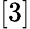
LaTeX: [3]